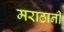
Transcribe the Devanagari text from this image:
मराठानी